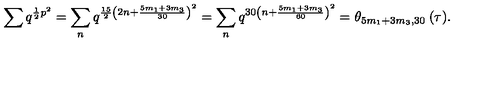
\sum q ^ { \frac { 1 } { 2 } p ^ { 2 } } = \sum _ { n } q ^ { \frac { 1 5 } { 2 } \left( 2 n + \frac { 5 m _ { 1 } + 3 m _ { 3 } } { 3 0 } \right) ^ { 2 } } = \sum _ { n } q ^ { 3 0 \left( n + \frac { 5 m _ { 1 } + 3 m _ { 3 } } { 6 0 } \right) ^ { 2 } } = \theta _ { 5 m _ { 1 } + 3 m _ { 3 } , 3 0 } \: ( \tau ) .